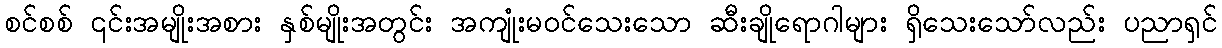
စင်စစ် ၎င်းအမျိုးအစား နှစ်မျိုးအတွင်း အကျုံးမဝင်သေးသော ဆီးချိုရောဂါများ ရှိသေးသော်လည်း ပညာရှင်